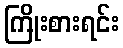
ကြိုးစားရင်း